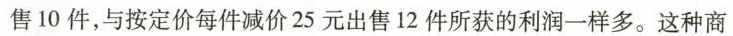
售10件，与按定价每件减价25元出售12件所获的利润一样多。这种商